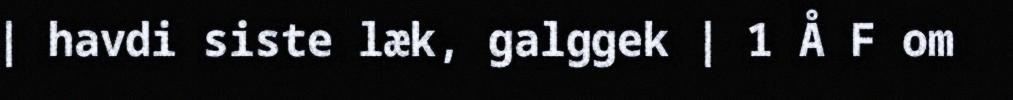
| havdi siste læk, galggek | 1 Å F om